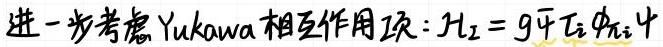
进一步考虑Yukawa相互作用项：$\mathcal{H}_2 = g \bar{\psi}_i \phi_{ij} \psi_j$